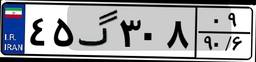
۴۵گ۳۰۸۰۹